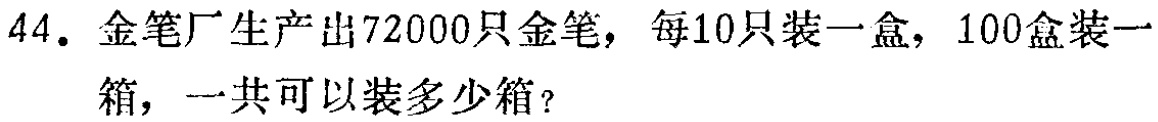
44. 金笔厂生产出72000只金笔，每10只装一盒，100盒装一箱，一共可以装多少箱？